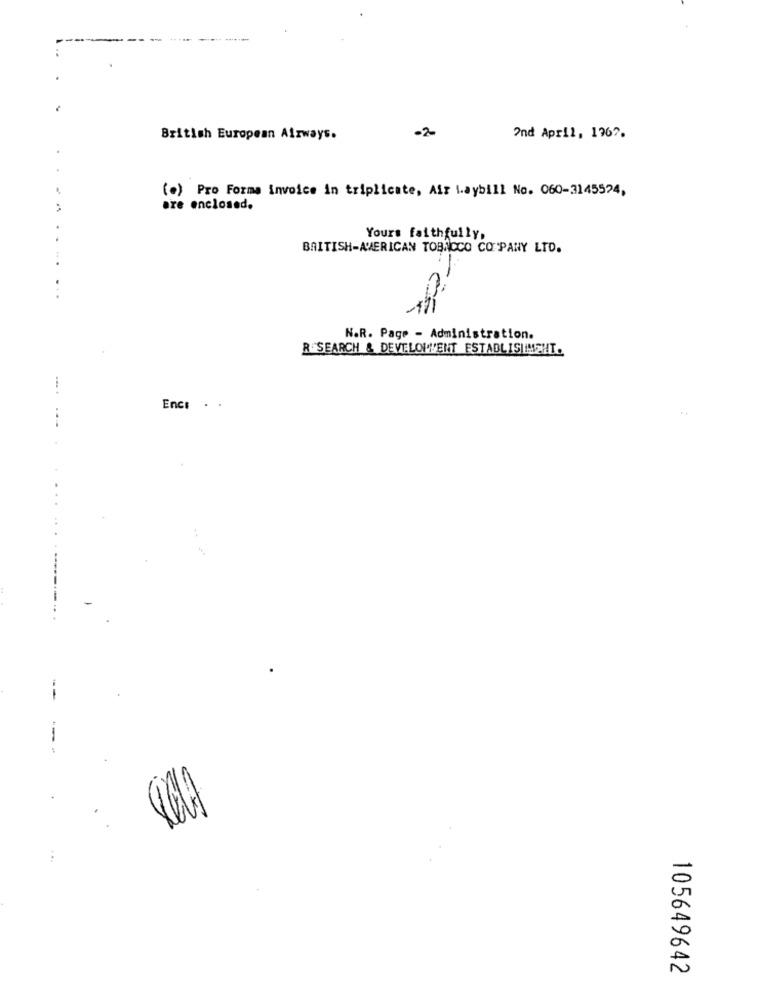
-2-
British European Airways.
2nd April, 1967.
Pro Forma invoice in triplicate, Air Laybill No. 060-3145524,
( 0 )
bre enclosed.
Yours faithfully,
BRITISH-AMERICAN TOBACCO COMPANY LTD.
N.R. Page - Administration.
R SEARCH & DEVELOPMENT ESTABLISHMENT.
Encs .
-
105649642